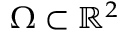
\Omega \subset { \mathbb { R } ^ { 2 } }